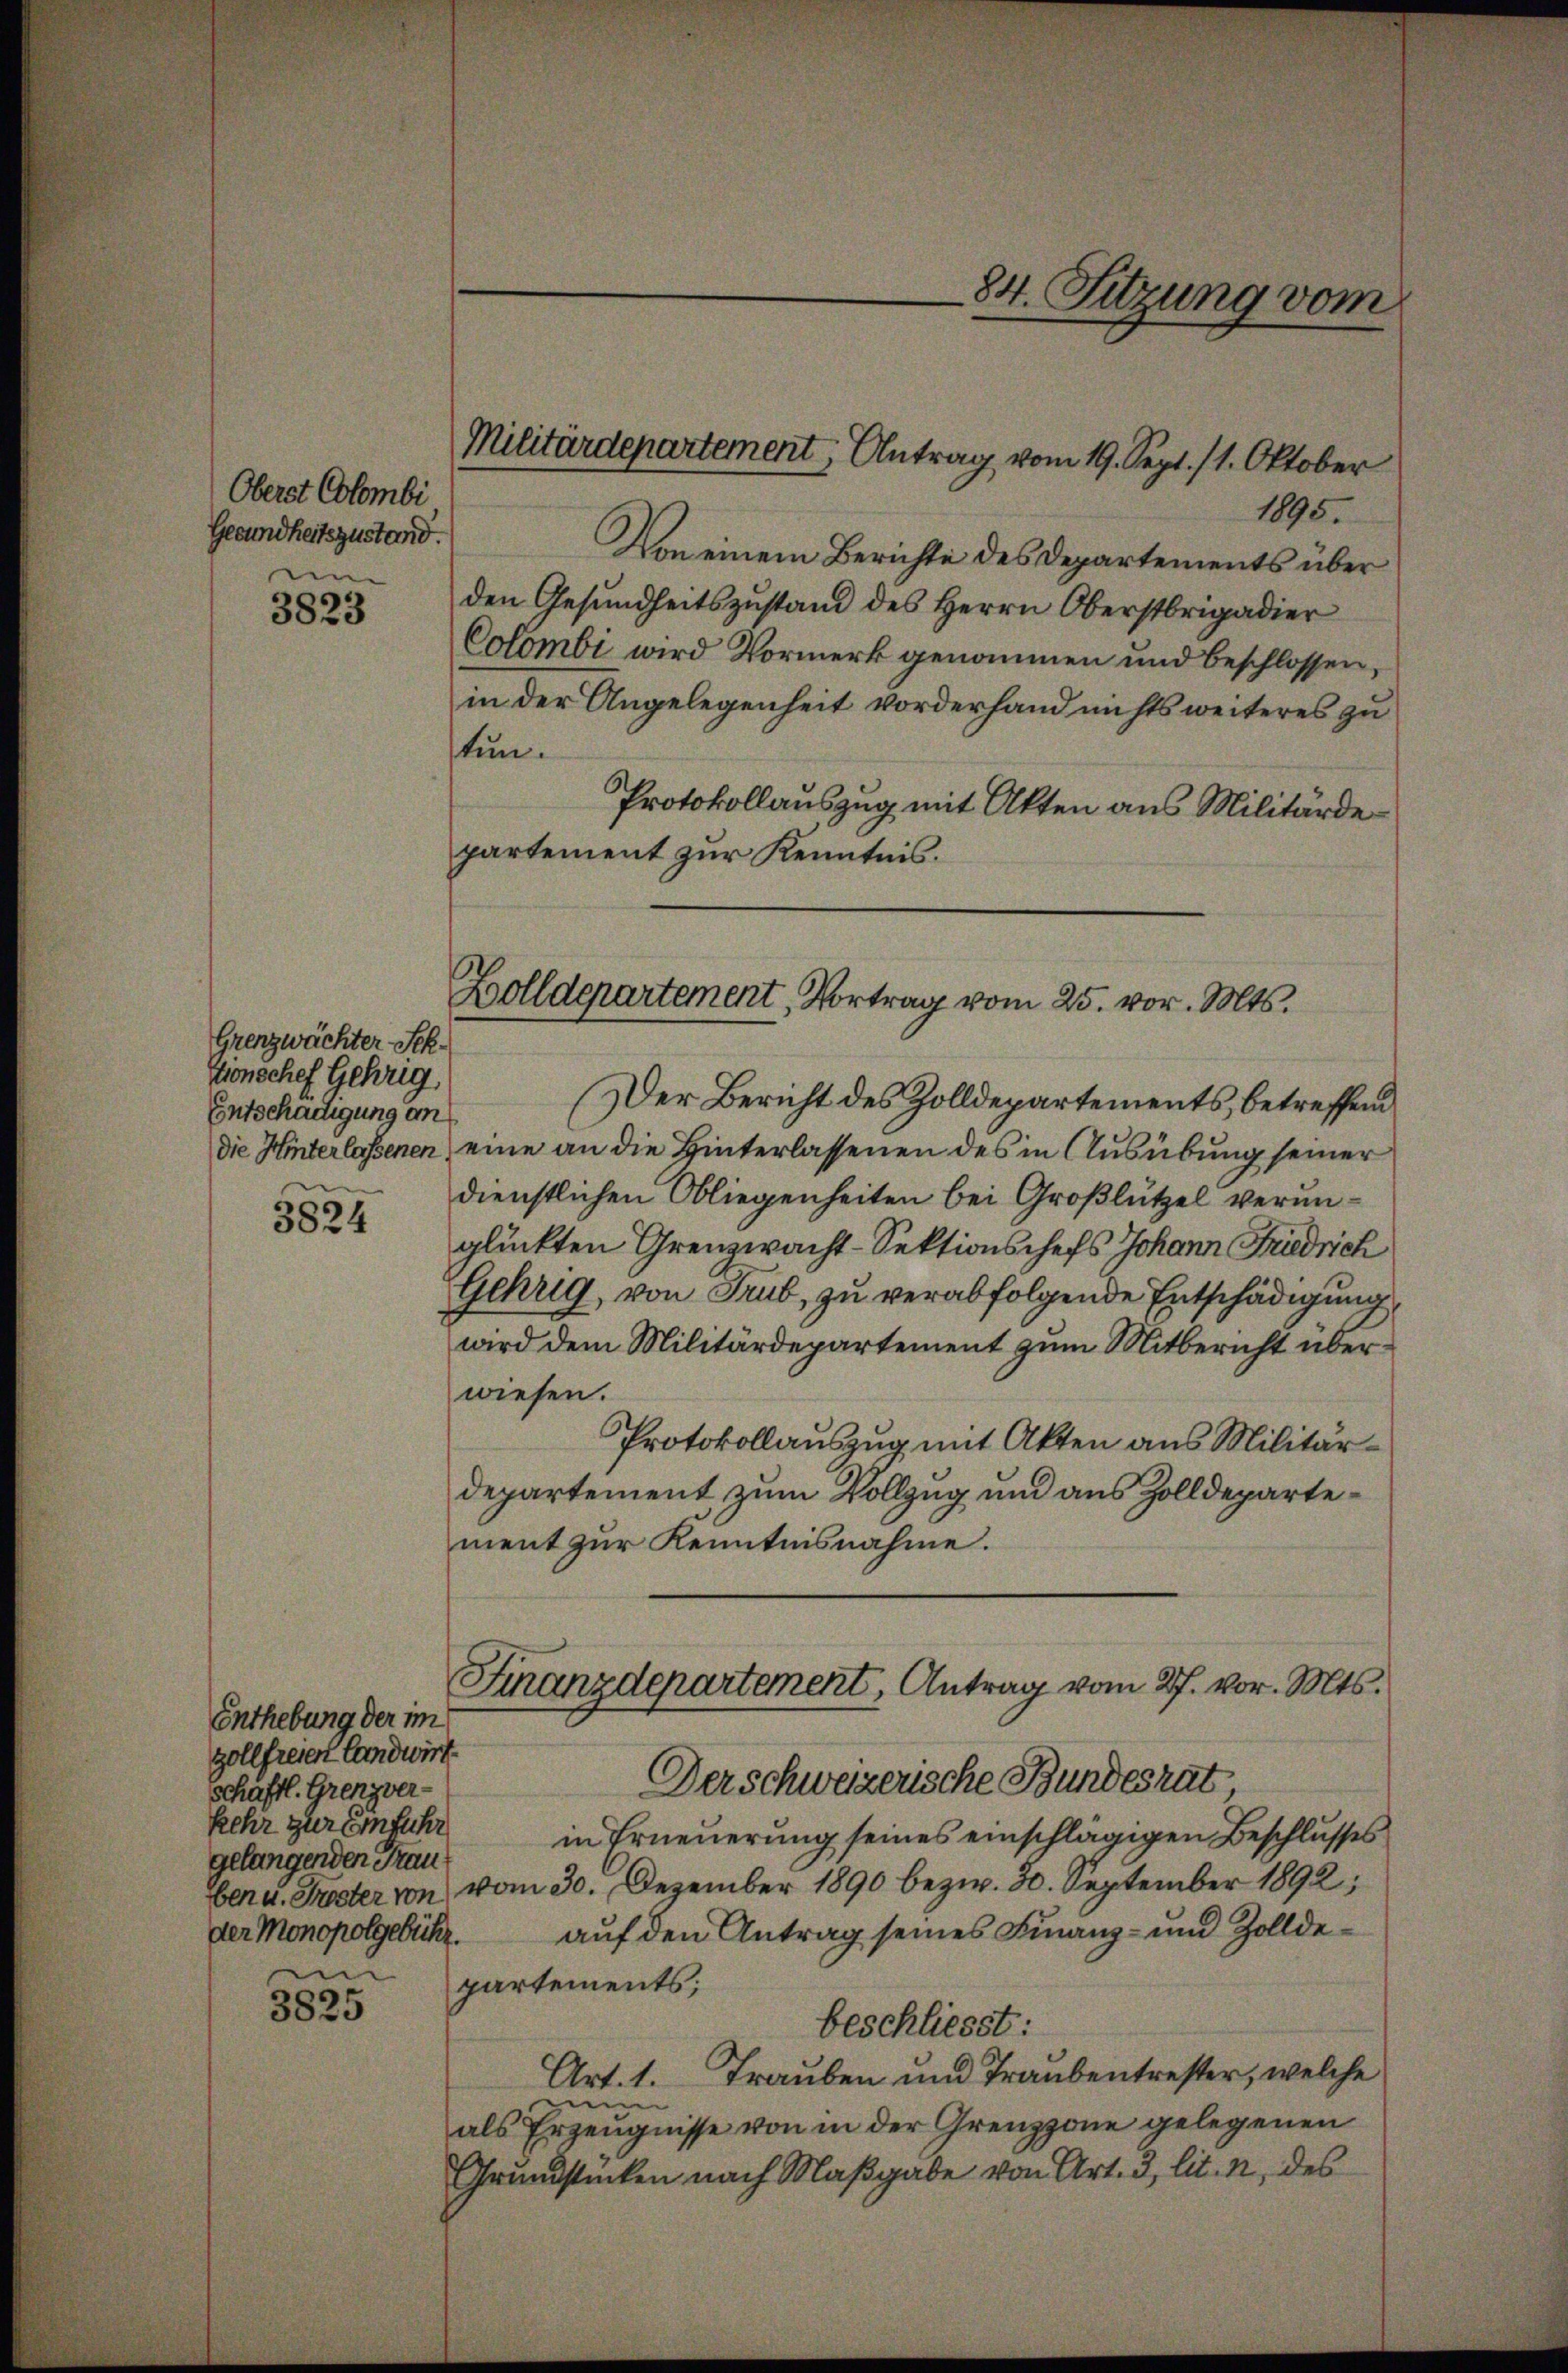
Oberst Colombi
Gesundheitszustand.
um

3823

Grenzwächter Sch.
Tionschef Gehrig
Entschädigung an
die Hinterlassenen
|

3824

3825

Enthebung der im
zollfreien landwirt
schaftl. Grenzver-
kehr zur Einführ
gelangenden Frau

1895.
Von einem Berichte des Departements über
den Gesundheitszustand des Herrn Oberstrigadier
Colombi wird Vormerk genommen und beschlossen,
in der Angelegenheit vorderhand nichts weiteres zu
tun.
Protokollauszug mit Akten aus Militärdepartement zur Kenntnis.

Militärdepartement, Antrag vom 19. Sept. 11. Oktober

84. Sitzung vom

Zolldepartement, Vortrag vom 25. vor. Mts.

Der Bericht des Zolldepartements, betreffend
eine an die Hinterlassenen des in Ausübung seiner
dienstlichen Obliegenheiten bei Großlützel verunglückten Grenzwacht-Sektionschefs Johann Friedrich
Gehrig, von Trub, zu verabfolgende Entschädigung
wird dem Militärdepartement zum Mitbericht über
wiesen.
Protokollauszug mit Akten aus Militärdepartement zum Vollzug und aus Zolldepartement zur Kenntnisnahme.
Finanzdepartement, Antrag vom 27. vor. Mts.
Der schweizerische Bundesrat
in Erneuerung seines einschlägigen Beschlusses
ben u. Frister von vom 30. Dezember 1890 bezw. 30. September 1892;
der Monopolgebühr. aŭf den Antrag seines Finanz- und Zollde-
partements;
beschliesst:
Art. 1. Trauben und Traubentrester, welche
zeugen
als Erzeugnisse von in der Grenzzone gelegenen
Grundstücken nach Maßgabe von Art. 3, lit. 1, des